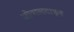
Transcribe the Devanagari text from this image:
ओवालटाइन